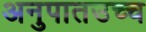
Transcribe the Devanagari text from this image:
अनुपातउच्च